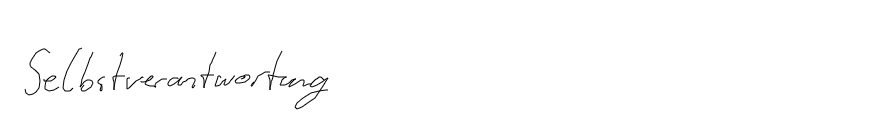
Selbstverantwortung